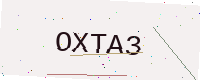
Text: OXTA3